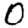
Digit: 0